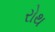
રોથ